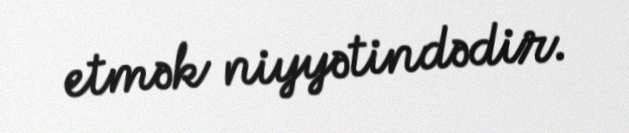
etmək niyyətindədir.